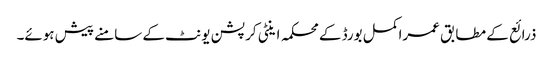
ذرائع کے مطابق عمراکمل بورڈ کے محکمہ اینٹی کرپشن یونٹ کے سامنے پیش ہوئے۔